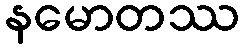
နမောတဿ